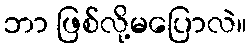
ဘာ ဖြစ်လို့မပြောလဲ။